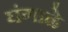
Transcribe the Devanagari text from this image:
घंगाळे